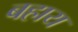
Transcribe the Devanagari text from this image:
बहाय